Annual statistical returns and brief notes on vaccination in Bengal - 1887-1898
Year: 1887
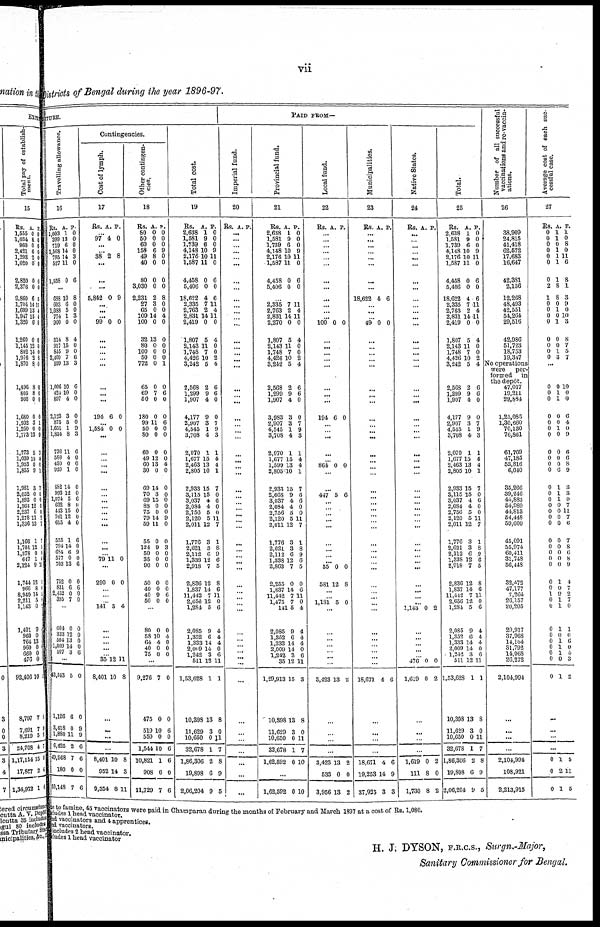
vii
Districts of Bengal during the year 1896-97.
DITURE.
Travelling allowance.
16
Rs.
1,003
399
719
1,568
795
527
1,558
A.
1
13
6
14
14
11
0
P.
0
0
0
0
3
0
6
...
688
603
1,088
774
900
514
917
845
2,400
599
1,006
424
897
2,123
875
1,651
1,854
736
588
450
920
882
993
1,074
632
443
761
615
555
794
684
577
703
752
831
2,452 395
10
6
5
1
0
8
15
9
7
13
10
10
4
3
5
1
8
11
4
0
1
14
12
5
8
15
12
4
1
14
6
0
13
0
6
0
7
8
0
0
3
0
4
0
0
6
3
6
0
0
0
0
9
3
6
0
0
0
0
0
6
0
0
0
0
6
0
9
0
6
0
6
0
0
...
604
333
504
1,009
507
0
12
13
14
3
0
0
0
0
6
...
43,543
1,126
3,418
1,880
6,425
49,968
180
50,148
5
6
0
11
2
7
0
7
0
0
9
9
6
6
0
6
Contingencies.
Cost of lymph.
17
Rs. A. P.
...
97 4 0
...
...
38 2 8
...
...
...
5,842 0 9
...
...
...
99 0 0
...
...
...
...
...
...
... ...
194 6 0
... 1,684 0 0
...
...
... ...
...
...
... ...
... ...
...
...
...
...
... 79 11 0
...
290 0 0
...
...
... 141 5 4
...
...
... ...
... 35
8,401
12
10
11
8
...
...
...
...
8,401
952
9,354
10
14
8
8
3
11
Other contingen-
cies.
18
Rs.
80
50
60
158
49
40
80
3,030
2,231
27
65
109
100
32
80
100
50
772
65
69
50
180
99
50
80
60
49
60
30
69
70
69
88
75
79
59
55
124
50
35
90
50
40
40
50
A.
0
0
0
6
8
0
0
0
2
3
0
14
0
13
0
0
0
0
0
7
0
0
11
0
0
0
12
13
0
14
3
15
0
0
14
11
0
9
0
0
0
0
0
9
0
P.
0
0
0
9
0
0
0
0
8
0
0
4
0
0
0
0
0
1
0
6
0
0
6
0
0
0
0
4
0
0
0
0
0
0
9
0
0
3
0
0
0
0
0
6
0
...
80
58
64
40
75
0
10
4
0
0
0
4
0
0
0
...
9,276
475
519
550
1,544
10,821
908
11,729
7
0
10
0
10
1
6
7
0
0
6
0
6
6
0
6
Total cost.
19
Rs.
2,638
1,581
1,739
4,148
2,176
1,587
4,458
5,406
18,622
2,335
2,763
2,831
2,419
1,807
2,143
1,748
4,426
3,242
2,568
1,299
1,907
4,177
2,907
4,545
3,708
2,070
1,677
2,463
2,805
2,933
3,115
3,037
2,084
2,756
2,120
2,011
1,776
2,621
2,112
1,333
2,918
2,836
1,837
11,442
2,656
1,284
2,085
1,352
1,333
2,009
1,242
511
1,53,628
10,398
1
1,629
10,650
32,678
1,86,306
19,898
2,06,204
A.
1
9
6
10
10
11
0
0
4
7
2
14
0
5
11
7
10
5
2
9
4
9
3
1
4
1
15
13
10
15
15
4
4
5
5
12
3
3
6
12
7
12
14
7
12
5
9
6
14
14
3
12
1
13
3
0
1
2
6
9
P.
0
0
0
9
11
0
6
0
6
11
4
11
0
4
0
0
2
4
6
6
0
0
7
9
3
1
4
4
1
7
0
6
0
0
11
7
1
8
9
6
5
8
6
11
0
6
4
4
4
0
6
11
1
8
0
11
7
8
9
5
PAID FROM—
Imperial fund.
20
Rs. A. P.
...
...
...
...
...
...
...
...
...
...
...
... ...
...
...
...
... ...
... ...
...
...
...
...
...
...
... ... ...
...
...
...
...
... ...
...
...
...
...
... ...
...
...
... ...
...
...
...
...
...
... ...
...
...
...
...
...
...
...
...
Provincial fund.
21
Rs.
2,638
1,581
1,739
4,148
2,176
1,587
4,458
5,406
A.
1
9
6
10
10
11
0
0
P.
0
0
0
9
11
0
6
0
...
2,335
2,763
2,831
2,270
1,807
2,143
1,748
4,426
3,242
2,568
1,299
1,907
3,983
2,907
4,545
3,708
2,070
1,677
1,599
2,805
2,933
2,668
3,037
2,084
2,756
2,120
2,011
1,776
2,621
2,112
1,338
2,863
2,255
1,837
11,442
1,475
141
2,085
1,352
1,333
2,009
1,242
35
1,29,913
10,398
11,629
10,650
32,678
1,62,592
7
2
14
0
5
11
7
10
5
2
9
4
3
3
1
4
1
15
13
10
15
9
4
4
5
5
12
3
3
6
12
7
0
14
7
7
5
9
6
14
14
3
12
15
13
3
0
1
0
11
4
11
0
4
0
0
2
4
6
6
0
0
7
9
3
1
4
4
1
7
6
6
0
0
11
7
1
8
9
6
5
0
6
11
0
4
4
4
4
0
6
11
3
8
0
11
7
10
...
1,62,592 0 10
Local fund.
22
Rs. A. P.
...
...
...
...
...
...
...
...
...
...
...
...
100 0 0
...
...
...
... ...
...
... ...
194 6 0
...
... ...
...
... 864 0 0
...
...
447 5 6
...
...
...
... ...
...
...
... ...
55
581
0
12
0
8
...
... 1,181 5 0
...
...
...
...
...
...
...
3,423 13 2
...
...
...
...
3,423
533
3,956
13
0
13
2
0
2
Municipalities.
23
Rs. A. P.
...
...
...
...
...
...
...
...
18,622 4 6
... ...
... 49 0 0
...
...
...
... ...
... ...
...
...
...
... ...
...
... ...
...
...
...
...
...
...
... ...
...
...
...
... ...
...
...
... ...
...
...
...
...
...
...
...
18,671 4 6
...
...
...
...
18,671
19,253
37,925
4
14
3
6
9
3
Native States.
24
Rs. A. P.
...
...
...
...
...
...
...
...
...
... ...
... ...
...
...
...
... ...
...
... ...
...
...
... ...
...
...
...
...
...
...
...
...
...
... ...
...
...
...
... ...
...
...
... ...
1,143 0 2
...
...
... ...
... 476
1,619
0
0
0
2
...
...
...
...
1,619
111
1,730
0
8
8
2
0
2
Total.
25
Rs.
2,638
1,581
1,739
4,148
2,176
1,587
4,458
5,406
18,622
2,335
2,763
2,831
2,419
1,807
2,143
1,748
4,426
3,242
2,568
1,299
1,907
4,177
2,907
4,515
3,708
2,070
1,677
2,463
2,805
2,933
3,115
3,037
2,084
2,756
2,120
2,011
1,776
2,621
2,112
1,338
2,918
2,836
1,837
11,412
2,656
1,284
2,085
1,352
1,333
2,009
1,242
511
1,53,628
10,398
11,629
10,650
32,678
1,86,306
19,898
2,06,204
A.
1
9
6
10
10
11
0
0
4
7
2
14
0
5
11
7
10
5
2
9
4
9
3
1
4
1
15
13
10
15
15
4
4
5
5
12
3
3
6
12
7
12
14
7
12
5
9
6
14
14
3
12
1
13
3
0
1
2
6
9
P.
0
0
0
9
11
0
6
0
6
11
4
11
0
4
0
0
2
4
6
6
0
0
7
9
3
1
4
4
1
7
0
6
0
0
11
7
1
8
9
6
5
8
6
11
0
6
4
4
4
0
6
11
1
8
0
11
7
8
9
5
Number of all successful
vaccinations and re-vaccin-
ations.
26
38,909
24,815
41,418
62,572
17,683
16,647
42,381
2,156
12,268
48,493
42,551
54,264
29,516
42,986
51,723
18,753
19,317
No operations
were
per-
formed
in
the depôt.
47,017
19,211
29,894
1,25,086
1,30,660
70,130
76,861
61,709
47,185
53,816
6,640
35,266
39,246
44,883
54,989
44,813
54,448
59,600
45,091
55,974
60,411
31,748
56,448
32,472
47,177
7,264
26,157
20,205
29,917
37,968
14,104
31,792
14,068
26,272
2,104,994
...
...
...
...
2,104,994
108,921
2,213,915
Average cost of each suc-
cessful case.
27
Rs.
0
0
0
0
0
0
0
2
1
0
0
0
0
0
0
0
0
A.
1
1
0
1
1
1
1
8
8
0
1
0
1
0
0
1
3
P.
1
0
8
0
11
6
8
1
3
9
0
10
3
8
7
5
7
...
0
0
0
0
0
0
0
0
0
0
0
0
0
0
0
0
0
0
0
0
0
0
0
0
0
1
0
0
0
0
0
0
0
0
0
0 1
1
1
0
0
1
0
0
0
0
6
1
1
1
0
0
0
0
0
0
0
0
0
1
0
9
1
1
1
0
1
1
1
0
1
0
0
0
6
4
0
9
6
6
8
9
3
3
0
7
11
7
6
7
8
6
8
9
0
7
2
7
0
1
6 6
0
4
3
2
...
...
...
...
0
0
0
1
2
1
5
11
5
ne to famine, 45 vaccinators were paid in Champaran during the months of February and March 1897 at a cost of Rs. 1,080.
include 1 head vaccinator.
and vaccinators and 4 apprentices.
and vaccinators.
includes 2 head vaccinator.
includes 1 head vaccinator
H. J; DYSON, F.R.C.S., Surgn.-Major,
Sanitary Commissioner for Bengal.